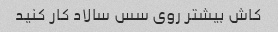
کاش بیشتر روی سس سالاد کار کنید